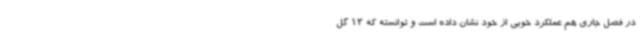
در فصل جاری هم عملکرد خوبی از خود نشان داده است و توانسته که 12 گل